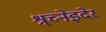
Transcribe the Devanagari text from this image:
श्र्च्नेइदेर